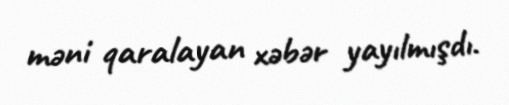
məni qaralayan xəbər yayılmışdı.